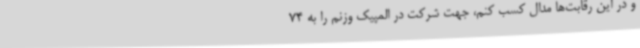
و در این رقابت‌ها مدال کسب کنم، جهت شرکت در المپیک وزنم را به 74